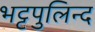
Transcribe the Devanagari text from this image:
भट्टपुलिन्द